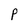
Character: p